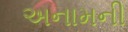
અનામની